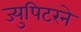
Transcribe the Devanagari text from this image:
ज्युपिटरने